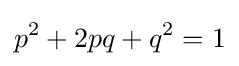
p^{2}+2pq+q^{2}=1